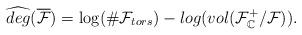
LaTeX: \begin{align*}\widehat{deg}(\overline{\mathcal{F}})=\log(\#\mathcal{F}_{tors})-log(vol(\mathcal{F}_{\mathbb{C}}^{+}/\mathcal{F})).\end{align*}